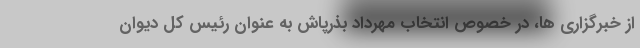
از خبرگزاری ها، در خصوص انتخاب مهرداد بذرپاش به عنوان رئیس کل دیوان